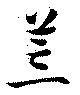
荒